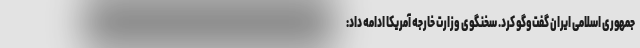
جمهوری اسلامی ایران گفت‌وگو کرد. سخنگوی وزارت خارجه آمریکا ادامه داد: